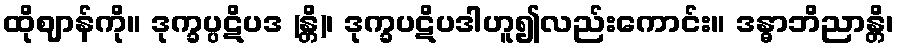
ထိုဈာန်ကို။ ဒုက္ခပ္ပဋိပဒ (န္တိ)၊ ဒုက္ခပဋိပဒါဟူ၍လည်းကောင်း။ ဒန္ဓာဘိညာန္တိ၊